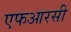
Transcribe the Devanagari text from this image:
एफआरसी